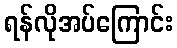
ရန်လိုအပ်ကြောင်း